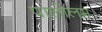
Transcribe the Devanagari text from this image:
पालोलम